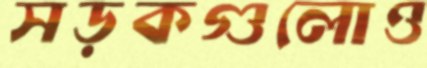
সড়কগুলোও